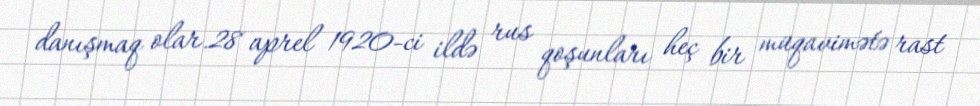
danışmaq olar.28 aprel 1920-ci ildə rus qoşunları heç bir müqavimətə rast